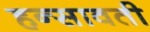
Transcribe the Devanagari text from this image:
हन्सावती